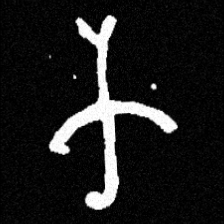
Pyu character \u2014 Myanmar letter: က (romanized: ka)